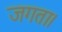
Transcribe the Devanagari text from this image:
जगता।